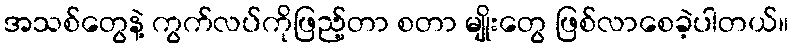
အသစ်တွေနဲ့ ကွက်လပ်ကိုဖြည့်တာ စတာ မျိုးတွေ ဖြစ်လာစေခဲ့ပါတယ်။